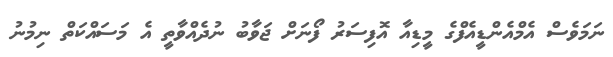
ނަމަވެސް އެމްއެންޑީއެފްގެ މީޑިއާ އޮފިސަރު ފޯނަށް ޖަވާބު ނުދެއްވާތީ އެ މަސައްކަތް ނިމުނު